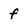
Character: f